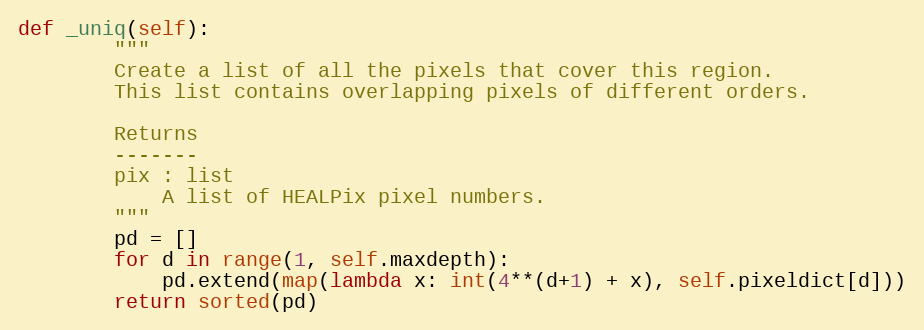
Language: Python
def _uniq(self):
        """
        Create a list of all the pixels that cover this region.
        This list contains overlapping pixels of different orders.

        Returns
        -------
        pix : list
            A list of HEALPix pixel numbers.
        """
        pd = []
        for d in range(1, self.maxdepth):
            pd.extend(map(lambda x: int(4**(d+1) + x), self.pixeldict[d]))
        return sorted(pd)